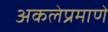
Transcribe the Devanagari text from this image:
अकलेप्रमाणे